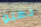
ذهبو